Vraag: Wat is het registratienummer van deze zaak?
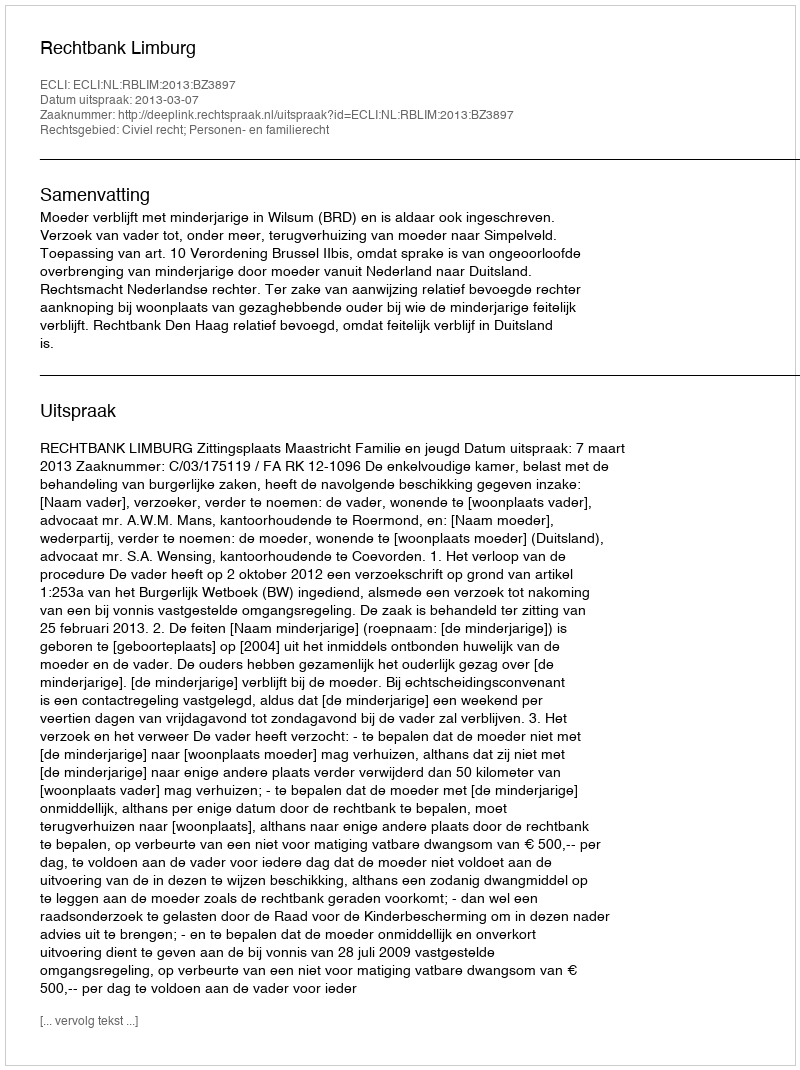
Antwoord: http://deeplink.rechtspraak.nl/uitspraak?id=ECLI:NL:RBLIM:2013:BZ3897